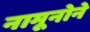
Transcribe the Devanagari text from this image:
नामूनोने